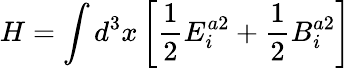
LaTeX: H=\int d^{3}x\left[{\frac{1}{2}}E_{i}^{a2}+{\frac{1}{2}}B_{i}^{a2}\right]